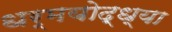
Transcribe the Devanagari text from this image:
धर्मयोद्ध्या